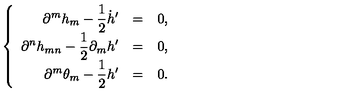
\left\{ \begin{array} { r c l } { \displaystyle \partial ^ { m } h _ { m } - \frac { 1 } { 2 } \dot { h } ^ { \prime } } & { = } & { 0 , \vspace { 2 m m } } \\ { \displaystyle \partial ^ { n } h _ { m n } - \frac { 1 } { 2 } \partial _ { m } h ^ { \prime } } & { = } & { 0 , \vspace { 2 m m } } \\ { \displaystyle \partial ^ { m } \theta _ { m } - \frac { 1 } { 2 } h ^ { \prime } } & { = } & { 0 . } \\ \end{array} \right.